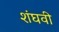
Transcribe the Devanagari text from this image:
शंघवी